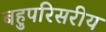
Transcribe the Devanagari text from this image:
बहुपरिसरीय